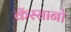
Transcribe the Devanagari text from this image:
कॅस्सानो